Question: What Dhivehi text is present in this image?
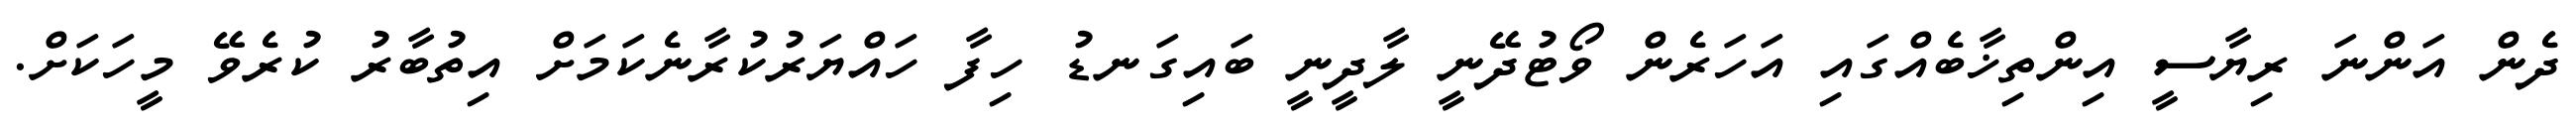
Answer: ދެން އަންނަ ރިޔާސީ އިންތިޚާބެއްގައި އަހަރެން ވޯޓުދޭނީ ލާދީނީ ބައިގަނޑު ހިފާ ހައްޔަރުކުރާނެކަމަށް އިތުބާރު ކުރެވޭ މީހަކަށް.